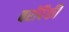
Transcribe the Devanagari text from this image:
बरोंपैकी